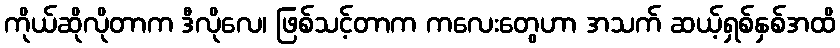
ကိုယ်ဆိုလိုတာက ဒီလိုလေ၊ ဖြစ်သင့်တာက ကလေးတွေဟာ အသက် ဆယ့်ရှစ်နှစ်အထိ